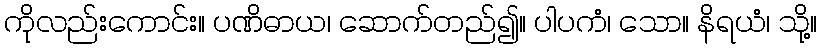
ကိုလည်းကောင်း။ ပဏိဓာယ၊ ဆောက်တည်၍။ ပါပကံ၊ သော။ နိရယံ၊ သို့။